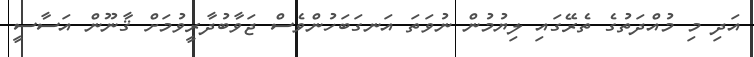
އަދި މި މުއްދަތުގެ ތެރޭގައި ލިޔުމުން ނުވަތަ އަނގަބަހުންވެސް ޖަވާބުދާރީވުމަށް ޤާނޫން އަސާސީ